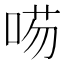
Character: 㖴